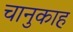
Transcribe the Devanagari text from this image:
चानुकाह